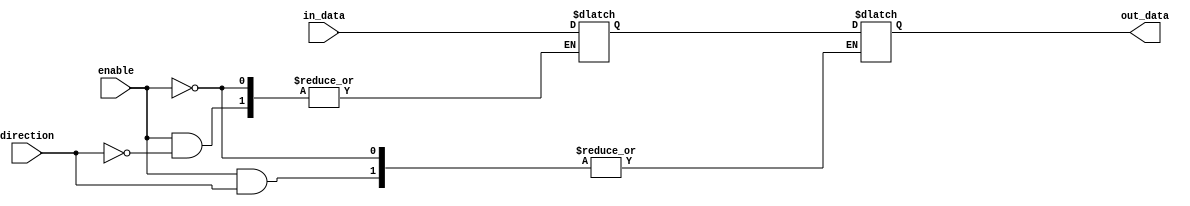
module IO_Block_Differential_buffer (
    input wire in_data,
    output wire out_data,
    input wire enable,
    input wire direction
);

reg buffer_data;

always @ (enable or direction or in_data)
begin
    if (enable)
    begin
        if (direction)
            buffer_data <= in_data;
        else
            out_data <= buffer_data;
    end
end

endmodule